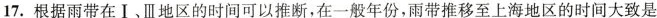
17.根据雨带在Ⅰ、Ⅲ地区的时间可以推断，在一般年份，雨带推移至上海地区的时间大致是